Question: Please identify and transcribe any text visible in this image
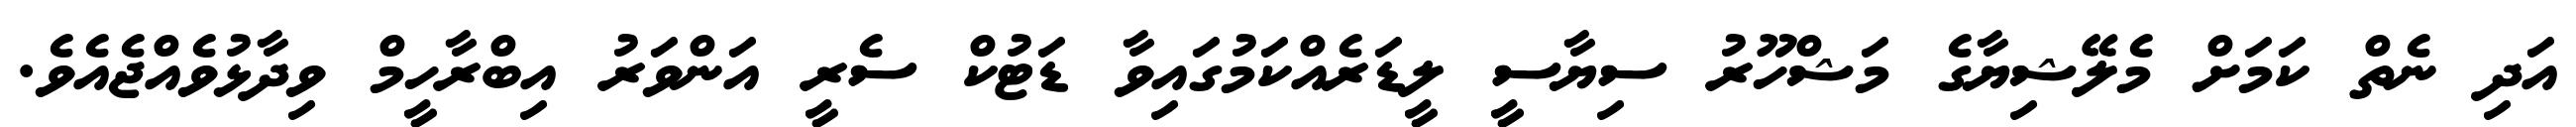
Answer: އަދި ނެތް ކަމަށް މެލޭޝިޔާގެ މަޝްހޫރު ސިޔާސީ ލީޑަރެއްކަމުގައިވާ ޑަޓުކް ސެރީ އަންވަރު އިބްރާހީމް ވިދާޅުވެއްޖެއެވެ.